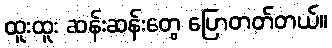
ထူးထူး ဆန်းဆန်းတွေ ပြောတတ်တယ်။